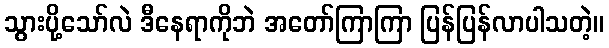
သွားပို့သော်လဲ ဒီနေရာကိုဘဲ အတော်ကြာကြာ ပြန်ပြန်လာပါသတဲ့။